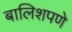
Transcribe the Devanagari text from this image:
बालिशपणे